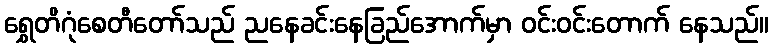
ရွှေတိဂုံစေတီတော်သည် ညနေခင်းနေခြည်အောက်မှာ ဝင်းဝင်းတောက် နေသည်။